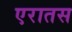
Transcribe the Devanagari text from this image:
एरातस